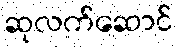
ဆုလက်ဆောင်